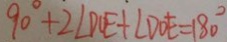
9 0 ^ { \circ } + 2 \angle D O E + \angle D O E = 1 8 0 ^ { \circ }